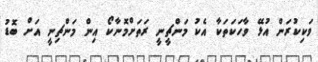
ވަކިކުރަން އުޅޭ ވާހަކަތަކާ އެކު މަންޗީނީ ރަތަށްމޮނާކޯ އިން މަންޗިނީ އަށް ބޮޑު